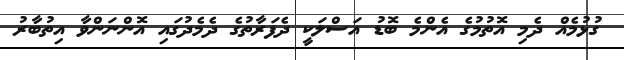
ގުޅުމެއް ދެމި އޮތުމުގެ އެންމެ ބޮޑު އަސްލަކީ ދެފަރާތުގެ ދެމެދުގައި އޮންނަންވާ އިތުބާރު